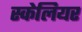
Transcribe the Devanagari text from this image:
स्केलियर